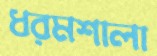
ধরমশালা